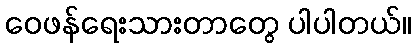
ဝေဖန်ရေးသားတာတွေ ပါပါတယ်။